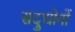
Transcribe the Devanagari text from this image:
सदुद्योगों